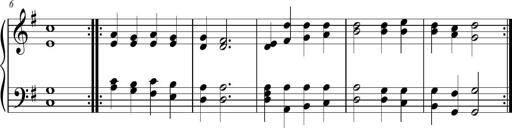
Title: Sonatina para Piano, PVM 44
Composer: Vazel Merenzeine
Key: G major